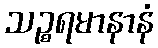
သဉ္စရမာနာနံ